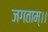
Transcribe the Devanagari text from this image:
जगताम्।।